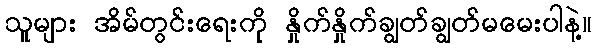
သူများ အိမ်တွင်းရေးကို နှိုက်နှိုက်ချွတ်ချွတ်မမေးပါနဲ့။